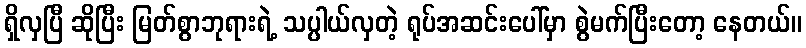
ရှိလှပြီ ဆိုပြီး မြတ်စွာဘုရားရဲ့ သပ္ပါယ်လှတဲ့ ရုပ်အဆင်းပေါ်မှာ စွဲမက်ပြီးတော့ နေတယ်။